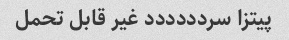
پیتزا سردددددد غیر قابل تحمل